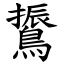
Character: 䳲